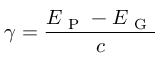
\gamma = \frac { E _ { \mathrm { ~ P ~ } } - E _ { \mathrm { ~ G ~ } } } { c }